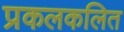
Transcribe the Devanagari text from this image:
प्रकलकलित